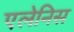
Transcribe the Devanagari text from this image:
एलेनिस